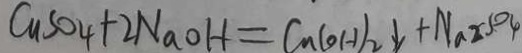
C u S O _ { 4 } + 2 N a O H = C _ { n } ( O H ) _ { 2 } \downarrow + N a _ { 2 } S O _ { 4 }